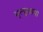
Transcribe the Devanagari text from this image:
मृत्यूछाया